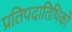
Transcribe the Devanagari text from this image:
प्रतिपदातिथिको